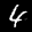
Label: 4